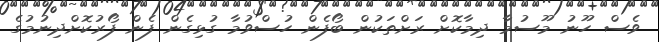
ވެސް ހޫނު މޫސުމާ ދިމާކޮށް ރަށްތަކުން ބޯފެން ހުސްވުމާ ގުޅިގެން ފެން ފޯރުކޮށްދިނުމުގެ